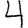
Digit: 4